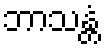
ဘာသန္တံ